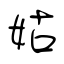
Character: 姑